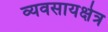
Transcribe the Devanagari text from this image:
व्यवसायक्षेत्र